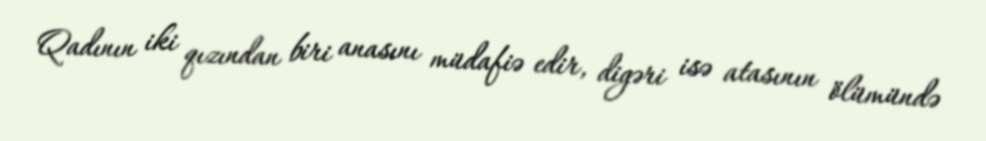
Qadının iki qızından biri anasını müdafiə edir, digəri isə atasının ölümündə